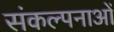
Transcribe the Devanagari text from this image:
संकल्‍पनाओं